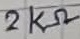
Text: 2KΩ